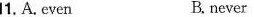
11.A.even B.never